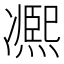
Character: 凞